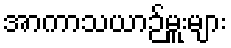
အာကာသယာဉ်မှူးများ